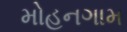
મોહનગામ